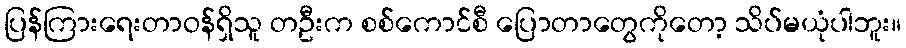
ပြန်ကြားရေးတာဝန်ရှိသူ တဦးက စစ်ကောင်စီ ပြောတာတွေကိုတော့ သိပ်မယုံပါဘူး။